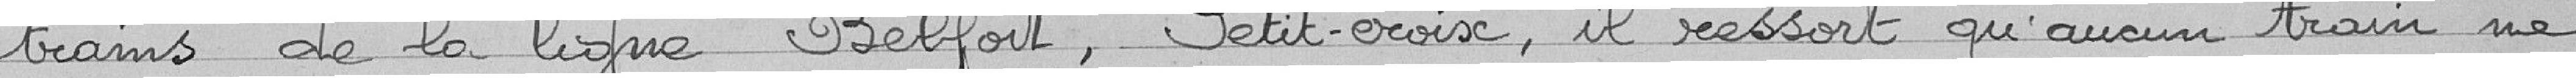
trains de la ligne Belfort, Petit-Croix, il ressort qu'aucun train ne